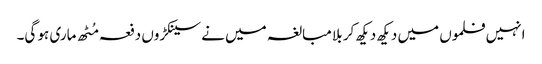
انہیں فلموں میں دیکھ دیکھ کر بلا مبالغہ میں نے سینکڑوں دفعہ مُٹھ ماری ہو گی۔